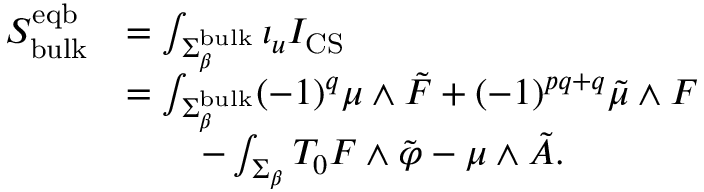
\begin{array} { r l } { S _ { \mathrm { b u l k } } ^ { \mathrm { e q b } } } & { = \int _ { \Sigma _ { \beta } ^ { \mathrm { b u l k } } } \iota _ { u } I _ { \mathrm { C S } } } \\ & { = \int _ { \Sigma _ { \beta } ^ { \mathrm { b u l k } } } ( - 1 ) ^ { q } \mu \wedge \tilde { F } + ( - 1 ) ^ { p q + q } \tilde { \mu } \wedge F } \\ & { \qquad - \int _ { \Sigma _ { \beta } } T _ { 0 } F \wedge \tilde { \varphi } - \mu \wedge \tilde { A } . } \end{array}